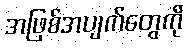
အဖြစ်အပျက်တွေကို